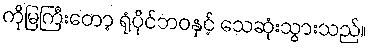
ကိုမြကြီးတော့ ရုံပိုင်ဘဝနှင့် သေဆုံးသွားသည်။